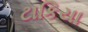
ટાકિયા